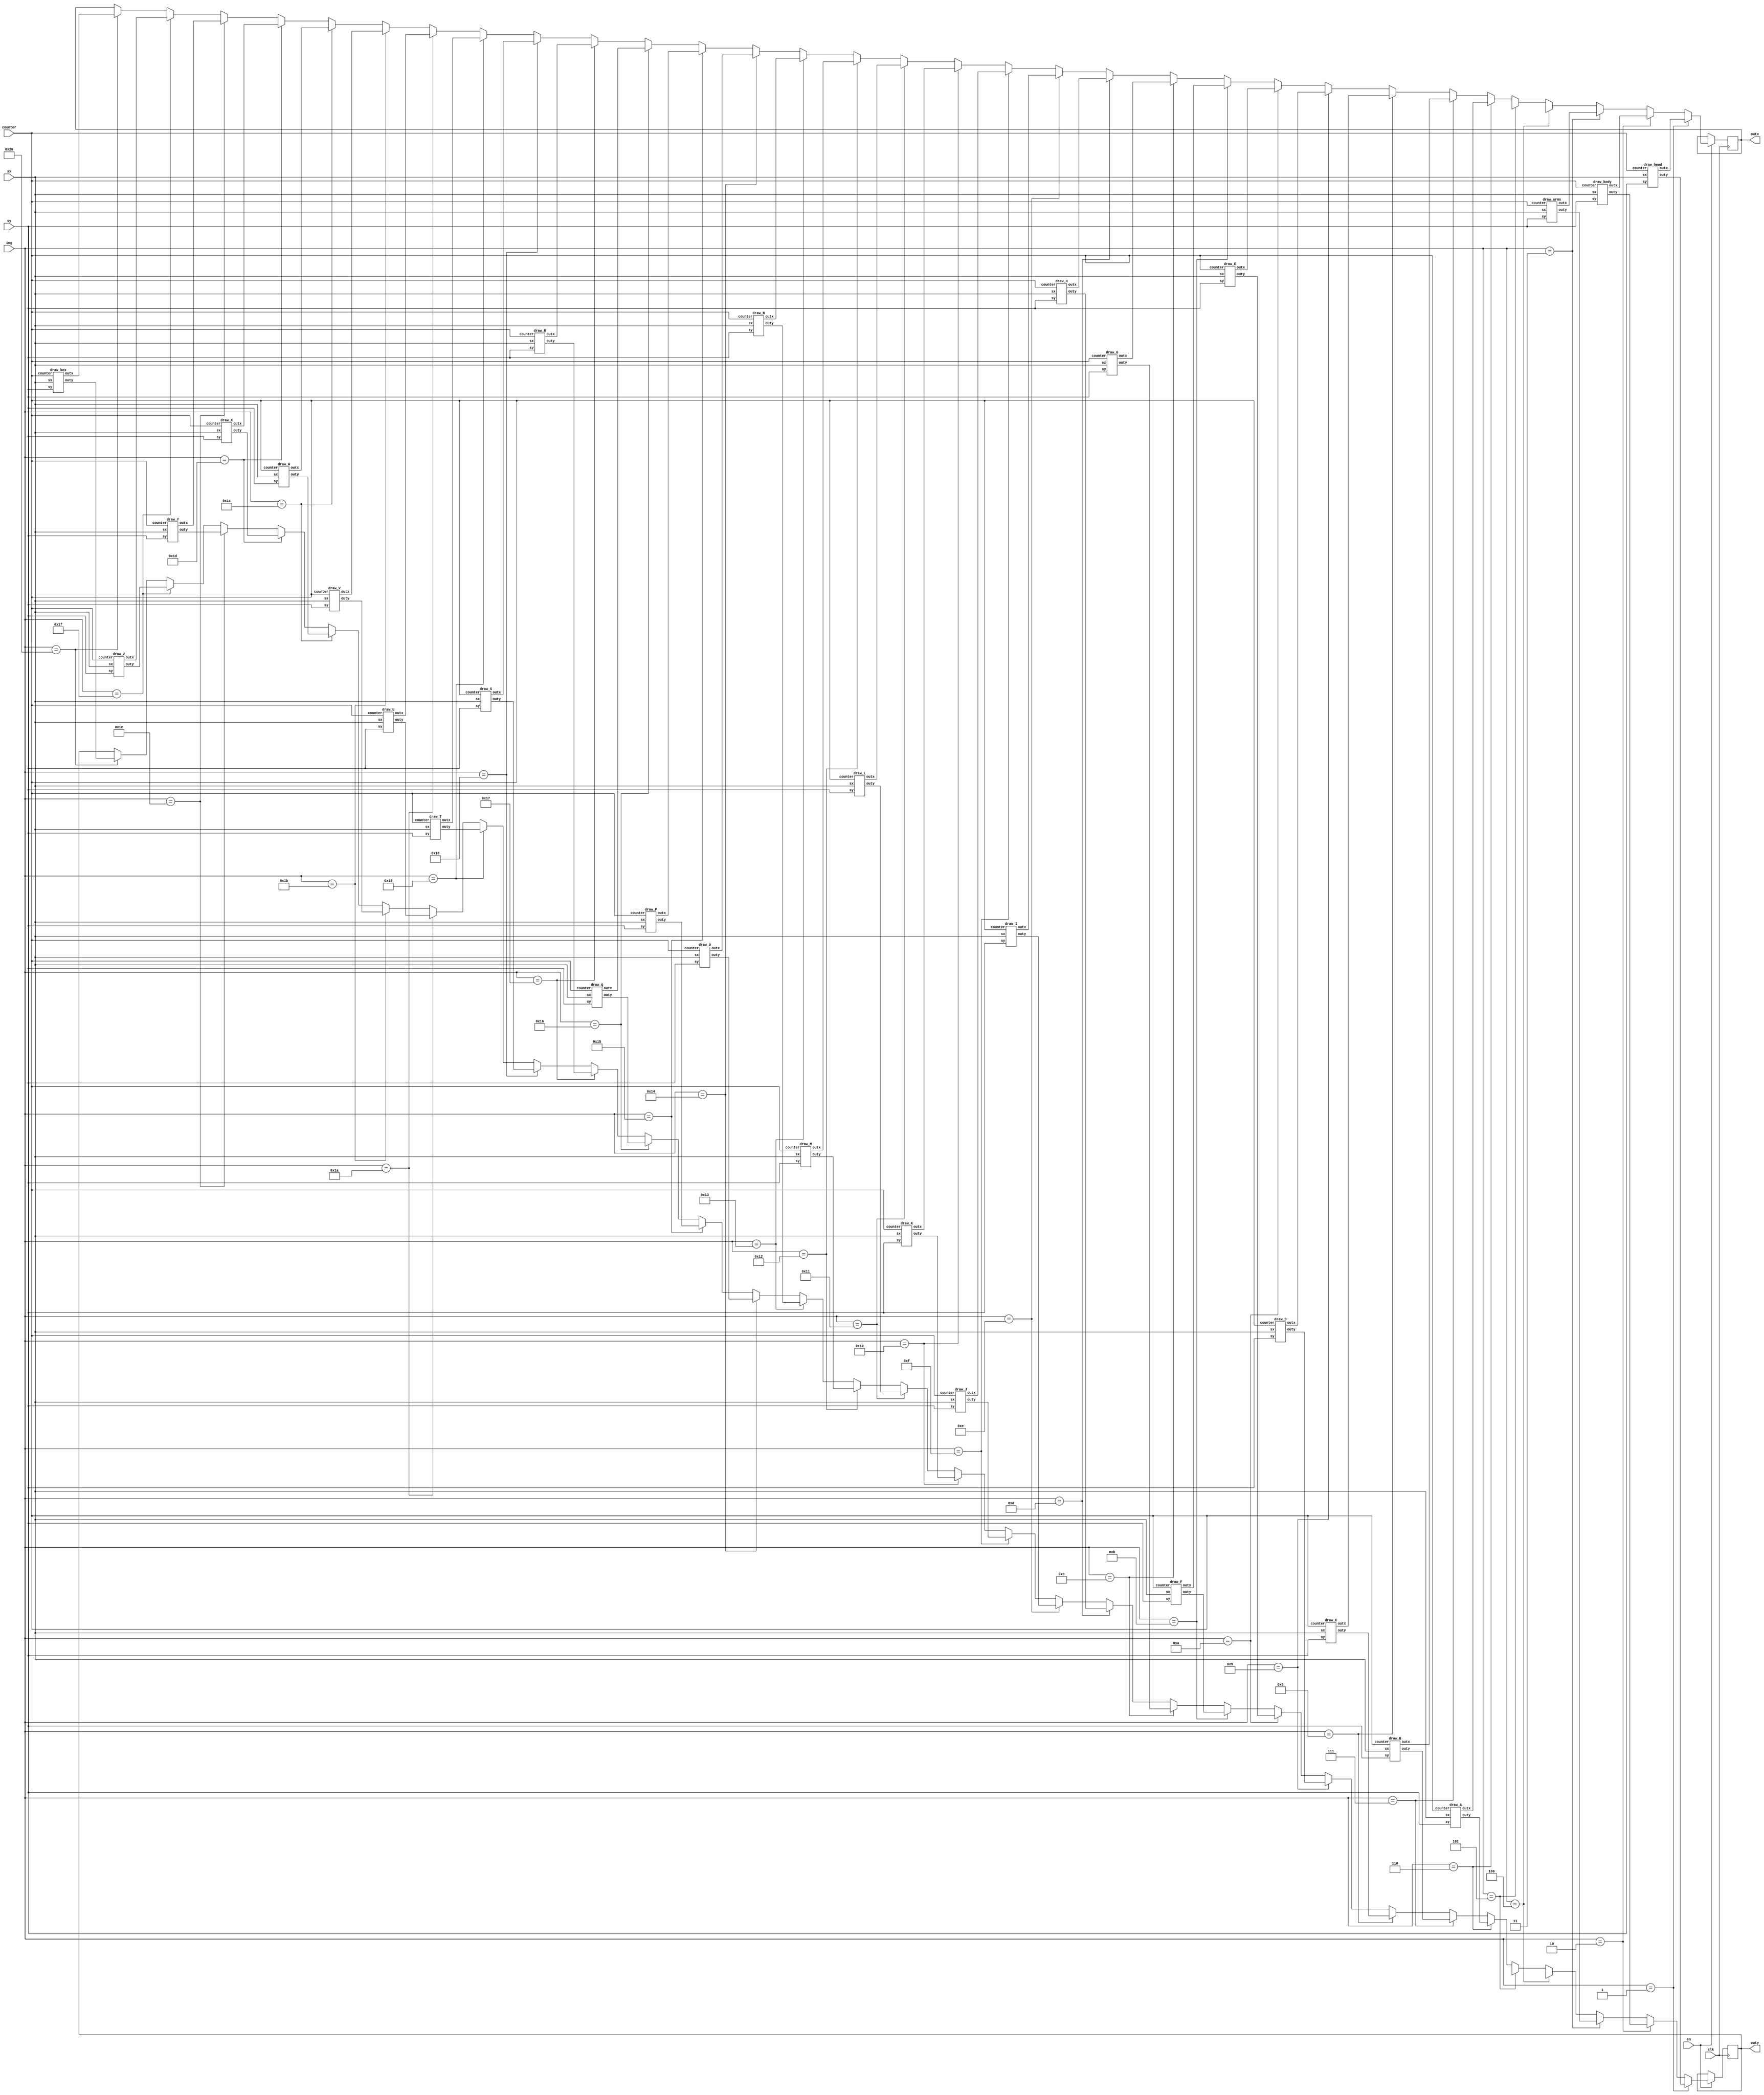
module draw(sx, sy, en, img, counter, clk, outx, outy);
  input [6:0] sx, sy, img;
  input [3:0] counter;
  input en, clk;
  output reg [6:0] outx;
  output reg [6:0] outy;
  
  wire [6:0] dhex, dhey;
  draw_head dhe(sx, sy, counter,  dhex, dhey);
  wire [6:0] dbodx, dbody;
  draw_body dbod(sx, sy, counter,  dbodx, dbody);
  wire [6:0] darx, dary;
  draw_arms dar(sx, sy, counter,  darx, dary);
  wire [6:0] dllx, dlly;
  //draw_leftleg dll(sx, sy, counter,  dllx, dlly);
  wire [6:0] drlx, drly;
  //draw_rightleg drl(sx, sy, counter,  drlx, drly);
  wire [6:0] dax, day;
  draw_A da(sx, sy, counter, dax, day);
  wire [6:0] dbx, dby;
  draw_B db(sx, sy, counter, dbx, dby);
  wire [6:0] dcx, dcy;
  draw_C dc(sx, sy, counter, dcx, dcy);
  wire [6:0] ddx, ddy;
  draw_D dd(sx, sy, counter, ddx, ddy);
  wire [6:0] dex, dey;
  draw_E de(sx, sy, counter, dex, dey);
  wire [6:0] dfx, dfy;
  draw_F df(sx, sy, counter, dfx, dfy);
  wire [6:0] dgx, dgy;
  draw_G dg(sx, sy, counter, dgx, dgy);
  wire [6:0] dhx, dhy;
  draw_H dh(sx, sy, counter, dhx, dhy);
  wire [6:0] dix, diy;
  draw_I di(sx, sy, counter, dix, diy);
  wire [6:0] djx, djy;
  draw_J dj(sx, sy, counter, djx, djy);
  wire [6:0] dkx, dky;
  draw_K dk(sx, sy, counter, dkx, dky);
  wire [6:0] dlx, dly;
  draw_L dl(sx, sy, counter, dlx, dly);
  wire [6:0] dmx, dmy;
  draw_M dm(sx, sy, counter, dmx, dmy);
  wire [6:0] dnx, dny;
  draw_N dn(sx, sy, counter, dnx, dny);
  wire [6:0] dox, doy;
  draw_O doh(sx, sy, counter, dox, doy);
  wire [6:0] dpx, dpy;
  draw_P dp(sx, sy, counter, dpx, dpy);
  wire [6:0] dqx, dqy;
  draw_Q dq(sx, sy, counter, dqx, dqy);
  wire [6:0] drx, dry;
  draw_R dr(sx, sy, counter, drx, dry);
  wire [6:0] dsx, dsy;
  draw_S ds(sx, sy, counter, dsx, dsy);
  wire [6:0] dtx, dty;
  draw_T dt(sx, sy, counter, dtx, dty);
  wire [6:0] dux, duy;
  draw_U du(sx, sy, counter, dux, duy);
  wire [6:0] dvx, dvy;
  draw_V dv(sx, sy, counter, dvx, dvy);
  wire [6:0] dwx, dwy;
  draw_W dw(sx, sy, counter, dwx, dwy);
  wire [6:0] dxx, dxy;
  draw_X dx(sx, sy, counter, dxx, dxy);
  wire [6:0] dyx, dyy;
  draw_Y dy(sx, sy, counter, dyx, dyy);
  wire [6:0] dzx, dzy;
  draw_Z dz(sx, sy, counter, dzx, dzy);
  wire [6:0] dbox, dboy;
  draw_box dbo(sx, sy, counter, dbox, dboy);


  always @(posedge clk)
	begin
    if(en == 1'd1) begin // if enabled
      if (img == 4'd1) begin
        outx <= dhex;
		  outy <= dhey;
		  end
      else if (img == 4'd2) begin
			outx <= dbodx;
			outy <= dbody;
			end
      else if (img == 4'd3) begin
			outx <= darx;
			outy <= dary;
			end
      else if (img == 5'd4) begin
			outx <= dllx;
			outy <= dlly;
			end
		else if (img == 5'd5) begin
			outx <= drlx;
			outy <= drly;
			end
      else if (img == 5'd6) begin
			outx <= dax;
			outy <= day;  
			end			
		else if (img == 5'd7) begin
			outx <= dbx;
			outy <= dby;
			end	
      else if (img == 5'd8) begin
			outx <= dcx;
			outy <= dcy;
			end
      else if (img == 5'd9) begin
			outx <= ddx;
			outy <= ddy;
			end	
      else if (img == 5'd10) begin
			outx <= dex;
			outy <= dey;
			end
      else if (img == 5'd11) begin
			outx <= dfx;
			outy <= dfy;
			end
      else if (img == 5'd12) begin
			outx <= dgx;
			outy <= dgy;
			end
      else if (img == 5'd13) begin
			outx <= dhx;
			outy <= dhy;
			end
      else if (img == 5'd14) begin
			outx <= dix;
			outy <= diy;
			end
      else if (img == 5'd15) begin
			outx <= djx;
			outy <= djy;
			end
      else if (img == 5'd16) begin
			outx <= dkx;
			outy <= dky;
			end
      else if (img == 5'd17) begin
			outx <= dlx;
			outy <= dly;
			end
      else if (img == 5'd18) begin
			outx <= dmx;
			outy <= dmy;
			end
      else if (img == 5'd19) begin
			outx <= dnx;
			outy <= dny;
			end
      else if (img == 5'd20) begin
			outx <= dox;
			outy <= doy;
			end
      else if (img == 5'd21) begin
			outx <= dpx;
			outy <= dpy;
			end
      else if (img == 5'd22) begin
			outx <= dqx;
			outy <= dqy;
			end
      else if (img == 5'd23) begin
			outx <= drx;
			outy <= dry;
			end
      else if (img == 5'd24) begin
			outx <= dsx;
			outy <= dsy;
			end
      else if (img == 5'd25) begin
			outx <= dtx;
			outy <= dty;
			end
      else if (img == 5'd26) begin
			outx <= dux;
			outy <= duy;
			end
      else if (img == 5'd27) begin
			outx <= dvx;
			outy <= dvy;
			end
      else if (img == 5'd28) begin
			outx <= dwx;
			outy <= dwy;
			end
      else if (img == 5'd29) begin
			outx <= dxx;
			outy <= dxy;
			end
      else if (img == 5'd30) begin
			outx <= dyx;
			outy <= dyy;
			end
      else if (img == 5'd31) begin
			outx <= dzx;
			outy <= dzy;
			end
		else if (img == 6'd32) begin
			outx <= dbox;
			outy <= dboy;
			end
    end
	end
endmodule

module draw_head(sx, sy, counter,  outx, outy);
  input [6:0] sx, sy;
  input [3:0] counter;
  output reg [6:0] outx;
  output reg [6:0] outy;
  always @(counter)
    case (counter)
      4'd0: begin
          outx <= sx - 7'd1;
          outy <= sy - 7'd1;
        end
      4'd1: begin
          outx <= sx;
          outy <= sy - 7'd1;
        end
      4'd2: begin
          outx <= sx + 7'd1;
          outy <= sy - 7'd1;
        end
      4'd3: begin
          outx <= sx - 7'd1;
          outy <= sy;
        end
      4'd4: begin
          outx <= sx ;
          outy <= sy ;
        end
      4'd5: begin
          outx <= sx + 7'd1;
          outy <= sy;
        end
      4'd6: begin
          outx <= sx - 7'd1;
          outy <= sy + 7'd1;
        end
      4'd7: begin
          outx <= sx;
          outy <= sy + 7'd1;
        end
      4'd8: begin
          outx <= sx + 7'd1;
          outy <= sy + 7'd1;
        end
    default: begin
			outx <= 7'd0;
			outy <= 7'd0;
			end
		endcase
  
endmodule

module draw_body(sx, sy, counter,  outx, outy);
  input [6:0] sx, sy;
  input [3:0] counter;
  output reg [6:0] outx;
  output reg [6:0] outy;
  always @(counter)
    case (counter)
      4'd0: begin
          outx <= sx;
          outy <= sy + 7'd2;
        end
      4'd1: begin
          outx <= sx;
          outy <= sy + 7'd3;
        end
      4'd2: begin
          outx <= sx;
          outy <= sy + 7'd4;
        end
      4'd3: begin
          outx <= sx;
          outy <= sy + 7'd5;
        end
      4'd4: begin
          outx <= sx ;
          outy <= sy + 7'd6;
        end
    default: begin
			outx <= 7'd0;
			outy <= 7'd0;
			end
		endcase
  
endmodule

module draw_arms(sx, sy, counter,  outx, outy);
  input [6:0] sx, sy;
  input [3:0] counter;
  output reg [6:0] outx;
  output reg [6:0] outy;
  always @(counter)
    case (counter)
      4'd0: begin
          outx <= sx-7'd4;
          outy <= sy + 7'd3;
        end
      4'd1: begin
          outx <= sx-7'd3;
          outy <= sy + 7'd3;
        end
      4'd2: begin
          outx <= sx-2;
          outy <= sy + 7'd3;
        end
      4'd3: begin
          outx <= sx-7'd1;
          outy <= sy + 7'd3;
        end
      4'd4: begin
          outx <= sx;
          outy <= sy + 7'd3;
        end
      4'd5: begin
          outx <= sx+7'd1;
          outy <= sy + 7'd3;
        end
      4'd6: begin
          outx <= sx+7'd2;
          outy <= sy + 7'd3;
        end
      4'd7: begin
          outx <= sx+7'd3;
          outy <= sy + 7'd3;
        end
      4'd8: begin
          outx <= sx+7'd4;
          outy <= sy + 7'd3;
        end
    default: begin
			outx <= 7'd0;
			outy <= 7'd0;
			end
		endcase
  
endmodule

module draw_legs(sx, sy, counter,  outx, outy);
  input [6:0] sx, sy;
  input [3:0] counter;
  output reg [6:0] outx;
  output reg [6:0] outy;
  always @(counter)
    case (counter)
      4'd0: begin
          outx <= sx - 7'd1;
          outy <= sy + 7'd7;
        end
      4'd1: begin
          outx <= sx - 7'd2;
          outy <= sy + 7'd8;
        end
      4'd2: begin
          outx <= sx - 7'd3;
          outy <= sy + 7'd9;
        end
      4'd3: begin
          outx <= sx - 7'd4;
          outy <= sy + 7'd10;
        end
      4'd4: begin
          outx <= sx - 7'd5;
          outy <= sy + 7'd11;
        end
      4'd5: begin
          outx <= sx - 7'd6;
          outy <= sy + 7'd12;
        end
      4'd6: begin
          outx <= sx - 7;
          outy <= sy + 7'd13;
        end
      4'd7: begin
          outx <= sx + 7'd1;
          outy <= sy + 7'd7;
        end
      4'd8: begin
          outx <= sx + 7'd2;
          outy <= sy + 7'd8;
        end
      4'd9: begin
          outx <= sx + 7'd3;
          outy <= sy + 7'd9;
        end
      4'd10: begin
          outx <= sx + 7'd4;
          outy <= sy + 7'd10;
        end
      4'd11: begin
          outx <= sx + 7'd5;
          outy <= sy + 7'd11;
        end
      4'd12: begin
          outx <= sx + 7'd6;
          outy <= sy + 7'd12;
        end
      4'd13: begin
          outx <= sx + 7'd7;
          outy <= sy + 7'd13;
        end
    default: begin
			outx <= 7'd0;
			outy <= 7'd0;
			end
		endcase
  
endmodule

module draw_rightleg(sx, sy, counter,  outx, outy);
  input [6:0] sx, sy;
  input [3:0] counter;
  output reg [6:0] outx;
  output reg [6:0] outy;
  always @(counter)
    case (counter)
      4'd0: begin
          outx <= sx - 7'd1;
          outy <= sy + 7'd7;
        end
      4'd1: begin
          outx <= sx - 7'd2;
          outy <= sy + 7'd8;
        end
      4'd2: begin
          outx <= sx - 7'd3;
          outy <= sy + 7'd9;
        end
      4'd3: begin
          outx <= sx - 7'd3;
          outy <= sy + 7'd10;
        end
      4'd4: begin
          outx <= sx - 7'd4;
          outy <= sy + 7'd11;
        end
      4'd5: begin
          outx <= sx - 7'd5;
          outy <= sy + 7'd12;
        end
      4'd6: begin
          outx <= sx - 7'd6;
          outy <= sy + 7'd13;
        end
      4'd7: begin
          outx <= sx - 7'd4;
          outy <= sy + 7'd10;
        end
      4'd8: begin
          outx <= sx+7'd4;
          outy <= sy + 7'd6;
        end
      4'd9: begin
          outx <= sx+7'd4;
          outy <= sy + 7'd6;
        end
      4'd10: begin
          outx <= sx+7'd4;
          outy <= sy + 7'd6;
        end
    default: begin
			outx <= 7'd0;
			outy <= 7'd0;
			end
		endcase
  
endmodule

module draw_box(sx, sy, counter,  outx, outy);
  input [6:0] sx, sy;
  input [3:0] counter;
  output reg [6:0] outx;
  output reg [6:0] outy;
  always @(counter)
    case (counter)
      4'd0: begin
          outx <= sx;
          outy <= sy;
        end
      4'd1: begin
          outx <= sx;
          outy <= sy + 7'd1;
        end
      4'd2: begin
          outx <= sx;
          outy <= sy + 7'd2;
        end
      4'd3: begin
          outx <= sx;
          outy <= sy + 7'd3;
        end
      4'd4: begin
          outx <= sx;
          outy <= sy + 7'd4;
        end
      4'd5: begin
          outx <= sx + 7'd2;
          outy <= sy;
        end
      4'd6: begin
          outx <= sx + 7'd2;
          outy <= sy + 7'd1;
        end
      4'd7: begin
          outx <= sx + 7'd2;
          outy <= sy + 7'd2;
        end
      4'd8: begin
          outx <= sx + 7'd2;
          outy <= sy + 7'd3;
        end
      4'd9: begin
          outx <= sx + 7'd2;
          outy <= sy + 7'd4;
        end
      4'd10: begin
          outx <= sx + 7'd1;
          outy <= sy;
        end
      4'd11: begin
          outx <= sx + 7'd1;
          outy <= sy + 7'd1;
        end
		4'd12: begin
          outx <= sx + 7'd1;
          outy <= sy + 7'd2;
        end
		4'd13: begin
          outx <= sx + 7'd1;
          outy <= sy + 7'd3;
        end
		4'd14: begin
          outx <= sx + 7'd1;
          outy <= sy + 7'd4;
        end
		default: begin
			outx <= 7'd0;
			outy <= 7'd0;
			end
	endcase
endmodule



module draw_A(sx, sy, counter,  outx, outy);
  input [6:0] sx, sy;
  input [3:0] counter;
  output reg [6:0] outx;
  output reg [6:0] outy;
  always @(counter)
    case (counter)
      4'd0: begin
          outx <= sx;
          outy <= sy;
        end
      4'd1: begin
          outx <= sx;
          outy <= sy + 7'd1;
        end
      4'd2: begin
          outx <= sx;
          outy <= sy + 7'd2;
        end
      4'd3: begin
          outx <= sx;
          outy <= sy + 7'd3;
        end
      4'd4: begin
          outx <= sx;
          outy <= sy + 7'd4;
        end
      4'd5: begin
          outx <= sx + 7'd2;
          outy <= sy;
        end
      4'd6: begin
          outx <= sx + 7'd2;
          outy <= sy + 7'd1;
        end
      4'd7: begin
          outx <= sx + 7'd2;
          outy <= sy + 7'd2;
        end
      4'd8: begin
          outx <= sx + 7'd2;
          outy <= sy + 7'd3;
        end
      4'd9: begin
          outx <= sx + 7'd2;
          outy <= sy + 7'd4;
        end
      4'd10: begin
          outx <= sx + 7'd1;
          outy <= sy;
        end
      4'd11: begin
          outx <= sx + 7'd1;
          outy <= sy + 7'd2;
        end
    default: begin
			outx <= 7'd0;
			outy <= 7'd0;
			end
		endcase
  
endmodule

module draw_B(sx, sy, counter,  outx, outy);
  input [6:0] sx, sy;
  input [3:0] counter;
  output reg [6:0] outx;
  output reg [6:0] outy;
  always @(counter)
    case (counter)
      4'd0: begin
          outx <= sx;
          outy <= sy;
        end
      4'd1: begin
          outx <= sx;
          outy <= sy + 7'd1;
        end
      4'd2: begin
          outx <= sx;
          outy <= sy + 7'd2;
        end
      4'd3: begin
          outx <= sx;
          outy <= sy + 7'd3;
        end
      4'd4: begin
          outx <= sx;
          outy <= sy + 7'd4;
        end
      4'd5: begin
          outx <= sx + 7'd1;
          outy <= sy;
        end
      4'd6: begin
          outx <= sx + 7'd1;
          outy <= sy + 7'd2;
        end
      4'd7: begin
          outx <= sx + 7'd1;
          outy <= sy + 7'd4;
        end
      4'd8: begin
          outx <= sx + 7'd2;
          outy <= sy + 7'd1;
        end
      4'd9: begin
          outx <= sx + 7'd2;
          outy <= sy + 7'd3;
        end
    default: begin
			outx <= 7'd0;
			outy <= 7'd0;
			end
		endcase
  
endmodule

module draw_C(sx, sy, counter,  outx, outy);
  input [6:0] sx, sy;
  input [3:0] counter;
  output reg [6:0] outx;
  output reg [6:0] outy;
  always @(counter)
    case (counter)
      4'd0: begin
          outx <= sx + 7'd1;
          outy <= sy;
        end
      4'd1: begin
          outx <= sx + 7'd2;
          outy <= sy + 7'd1;
        end
      4'd2: begin
          outx <= sx;
          outy <= sy + 7'd1;
        end
      4'd3: begin
          outx <= sx;
          outy <= sy + 7'd2;
        end
      4'd4: begin
          outx <= sx;
          outy <= sy + 7'd3;
        end
      4'd5: begin
          outx <= sx + 7'd1;
          outy <= sy + 7'd4;
        end
      4'd6: begin
          outx <= sx + 7'd2;
          outy <= sy + 7'd4;
        end
    default: begin
			outx <= 7'd0;
			outy <= 7'd0;
			end
		endcase
  
endmodule

module draw_D(sx, sy, counter,  outx, outy);
  input [6:0] sx, sy;
  input [3:0] counter;
  output reg [6:0] outx;
  output reg [6:0] outy;
  always @(counter)
    case (counter)
      4'd0: begin
          outx <= sx;
          outy <= sy;
        end
      4'd1: begin
          outx <= sx;
          outy <= sy + 7'd1;
        end
      4'd2: begin
          outx <= sx;
          outy <= sy + 7'd2;
        end
      4'd3: begin
          outx <= sx;
          outy <= sy + 7'd3;
        end
      4'd4: begin
          outx <= sx;
          outy <= sy + 7'd4;
        end
      4'd5: begin
          outx <= sx + 7'd1;
          outy <= sy;
        end
      4'd6: begin
          outx <= sx + 7'd1;
          outy <= sy + 7'd4;
        end
        
      4'd8: begin
          outx <= sx + 7'd2;
          outy <= sy + 7'd1;
        end
      4'd9: begin
          outx <= sx + 7'd2;
          outy <= sy + 7'd2;
        end
      4'd10: begin
          outx <= sx + 7'd2;
          outy <= sy + 7'd3;
        end
      
    default: begin
			outx <= 7'd0;
			outy <= 7'd0;
			end
		endcase
endmodule

module draw_E(sx, sy, counter,  outx, outy);
  input [6:0] sx, sy;
  input [3:0] counter;
  output reg [6:0] outx;
  output reg [6:0] outy;
  always @(counter)
    case (counter)
      4'd0: begin
          outx <= sx;
          outy <= sy;
        end
      4'd1: begin
          outx <= sx+7'd1;
          outy <= sy;
        end
      4'd2: begin
          outx <= sx+7'd2;
          outy <= sy;
        end
      4'd3: begin
          outx <= sx;
          outy <= sy + 7'd1;
        end
      4'd4: begin
          outx <= sx;
          outy <= sy + 7'd2;
        end
      4'd5: begin
          outx <= sx + 7'd1;
          outy <= sy + 7'd2;
        end
      4'd6: begin
          outx <= sx + 7'd2;
          outy <= sy + 7'd2;
        end
      4'd7: begin
          outx <= sx;
          outy <= sy+7'd3;
        end
      4'd8: begin
          outx <= sx;
          outy <= sy + 7'd4;
        end
      4'd9: begin
          outx <= sx + 7'd1;
          outy <= sy + 7'd4;
        end
      4'd10: begin
          outx <= sx + 7'd2;
          outy <= sy + 7'd4;
        end
    default: begin
			outx <= 7'd0;
			outy <= 7'd0;
			end
		endcase
endmodule

module draw_F(sx, sy, counter,  outx, outy);
  input [6:0] sx, sy;
  input [3:0] counter;
  output reg [6:0] outx;
  output reg [6:0] outy;
  always @(counter)
    case (counter)
    4'd0: begin
        outx <= sx;
        outy <= sy;
        end
    4'd1: begin
        outx <= sx+7'd1;
        outy <= sy;
        end
    4'd2: begin
        outx <= sx + 7'd2;
        outy <= sy;
        end
    4'd3: begin 
        outx <= sx;
        outy <= sy + 7'd1;
        end
    4'd4: begin
        outx <= sx;
        outy <= sy + 7'd2;
        end
    4'd5: begin
        outx <= sx + 7'd2;
        outy <= sy + 7'd1;
        end
    4'd6: begin
        outx <= sx + 7'd2;
        outy <= sy + 7'd2;
        end
    4'd7: begin
        outx <= sx;
        outy <= sy + 7'd3;
        end
    4'd8: begin
        outx <= sx;
        outy <= sy + 7'd4;
        end
    default: begin
			outx <= 7'd0;
			outy <= 7'd0;
			end
		endcase
endmodule

module draw_G(sx, sy, counter,  outx, outy);
  input [6:0] sx, sy;
  input [3:0] counter;
  output reg [6:0] outx;
  output reg [6:0] outy;
  always @(counter)
    case (counter)
    4'd0: begin
        outx <= sx + 7'd1;
        outy <= sy;
        end
    4'd1: begin
        outx <= sx + 7'd2;
        outy <= sy;
        end
    4'd2: begin
        outx <= sx;
        outy <= sy + 7'd1;
        end
    4'd3: begin
        outx <= sx;
        outy <= sy + 7'd2;
        end
    4'd4: begin
        outx <= sx;
        outy <= sy + 7'd3;
        end
    4'd5: begin
        outx <= sx + 7'd1;
        outy <= sy + 7'd4;
        end
    4'd6: begin
        outx <= sx + 7'd2;
        outy <= sy + 7'd4;
        end
    4'd7: begin
        outx <= sx + 7'd2;
        outy <= sy + 7'd3;
        end
    4'd8: begin
        outx <= sx + 7'd2;
        outy <= sy + 7'd2;
        end
    default: begin
			outx <= 7'd0;
			outy <= 7'd0;
			end
		endcase
endmodule

module draw_H(sx, sy, counter,  outx, outy);
  input [6:0] sx, sy;
  input [3:0] counter;
  output reg [6:0] outx;
  output reg [6:0] outy;
  always @(counter)
    case (counter)
    4'd0: begin
          outx <= sx;
          outy <= sy;
        end
    4'd1: begin
        outx <= sx;
        outy <= sy + 7'd1;
        end
    4'd2: begin
        outx <= sx;
        outy <= sy + 7'd2;
        end
    4'd3: begin
        outx <= sx;
        outy <= sy + 7'd3;
        end
    4'd4: begin
        outx <= sx;
        outy <= sy + 7'd4;
        end
    4'd5: begin
        outx <= sx + 7'd2;
        outy <= sy;
        end
    4'd6: begin
        outx <= sx + 7'd2;
        outy <= sy + 7'd1;
        end
    4'd7: begin
        outx <= sx + 7'd2;
        outy <= sy + 7'd2;
        end
    4'd8: begin
        outx <= sx + 7'd2;
        outy <= sy + 7'd3;
        end
    4'd9: begin
        outx <= sx + 7'd2;
        outy <= sy + 7'd4;
        end
    4'd10: begin
        outx <= sx + 7'd1;
        outy <= sy + 7'd2;
        end
    default: begin
			outx <= 7'd0;
			outy <= 7'd0;
			end
		endcase     
endmodule

module draw_I(sx, sy, counter,  outx, outy);
  input [6:0] sx, sy;
  input [3:0] counter;
  output reg [6:0] outx;
  output reg [6:0] outy;
  always @(counter)
    case (counter)
      4'd0: begin
          outx <= sx;
          outy <= sy;
        end
    4'd1: begin
        outx <= sx + 7'd1;
        outy <= sy;
        end
    4'd2: begin
        outx <= sx + 7'd2;
        outy <= sy;
        end
    4'd3: begin
        outx <= sx + 7'd1;
        outy <= sy + 7'd1;
        end
    4'd4: begin
        outx <= sx + 7'd1;
        outy <= sy + 7'd2;
        end
    4'd5: begin
        outx <= sx + 7'd1;
        outy <= sy + 7'd3;
        end
    4'd6: begin
        outx <= sx + 7'd1;
        outy <= sy + 7'd4;
        end
    4'd7: begin
        outx <= sx;
        outy <= sy + 7'd4;
        end
    4'd8: begin
        outx <= sx;
        outy <= sy + 7'd4;
        end
    4'd9: begin
        outx <= sx + 7'd2;
        outy <= sy + 7'd4;
        end
    default: begin
			outx <= 7'd0;
			outy <= 7'd0;
			end
		endcase
endmodule

module draw_J(sx, sy, counter,  outx, outy);
  input [6:0] sx, sy;
  input [3:0] counter;
  
  output reg [6:0] outx;
  output reg [6:0] outy;
  always @(counter)
    case (counter)
    4'd0: begin
          outx <= sx + 7'd2;
          outy <= sy;
        end
    4'd1: begin
        outx <= sx + 7'd2;
        outy <= sy + 7'd1;
        end
    4'd2: begin
        outx <= sx + 7'd2;
        outy <= sy + 7'd2;
        end
    4'd3: begin
        outx <= sx + 7'd2;
        outy <= sy + 7'd3;
        end
    4'd4: begin
        outx <= sx + 7'd2;
        outy <= sy + 7'd4;
        end
    4'd5: begin
        outx <= sx;
        outy <= sy + 7'd3;
        end
    4'd6: begin
        outx <= sx;
        outy <= sy + 7'd4;
        end
    4'd7: begin
        outx <= sx + 7'd1;
        outy <= sy + 7'd4;
        end
    default: begin
			outx <= 7'd0;
			outy <= 7'd0;
			end
		endcase
endmodule

module draw_K(sx, sy, counter,  outx, outy);
  input [6:0] sx, sy;
  input [3:0] counter;
  
  output reg [6:0] outx;
  output reg [6:0] outy;
  always @(counter)
    case (counter)
    4'd0: begin
        outx <= sx;
        outy <= sy + 7'd1;
        end
    4'd1: begin
        outx <= sx;
        outy <= sy + 7'd2;
        end
    4'd2: begin
        outx <= sx;
        outy <= sy + 7'd3;
        end
    4'd3: begin
        outx <= sx;
        outy <= sy + 7'd4;
        end
    4'd4: begin
        outx <= sx + 7'd2;
        outy <= sy;
        end
    4'd5: begin
        outx <= sx + 7'd2;
        outy <= sy + 7'd1;
        end
    4'd6: begin
        outx <= sx + 7'd2;
        outy <= sy + 7'd3;
        end
    4'd7: begin
        outx <= sx + 7'd2;
        outy <= sy + 7'd4;
        end
    4'd8: begin
        outx <= sx + 7'd1;
        outy <= sy + 7'd2;
        end
    4'd9: begin
        outx <= sx;
        outy <= sy;
        end
    default: begin
			outx <= 7'd0;
			outy <= 7'd0;
			end
		endcase
endmodule

module draw_L(sx, sy, counter,  outx, outy);
  input [6:0] sx, sy;
  input [3:0] counter;
  
  output reg [6:0] outx;
  output reg [6:0] outy;
  always @(counter)
    case (counter)
    4'd0: begin
        outx <= sx;
        outy <= sy;
        end
    4'd1: begin
        outx <= sx;
        outy <= sy + 7'd1;
        end
    4'd2: begin
        outx <= sx;
        outy <= sy + 7'd2;
        end
    4'd3: begin
        outx <= sx;
        outy <= sy + 7'd3;
        end
    4'd4: begin
        outx <= sx;
        outy <= sy + 7'd4;
        end
    4'd5: begin
        outx <= sx + 7'd1;
        outy <= sy + 7'd4;
        end
    4'd6: begin
        outx <= sx + 7'd2;
        outy <= sy + 7'd4;
        end
    default: begin
			outx <= 7'd0;
			outy <= 7'd0;
			end
		endcase
endmodule

module draw_M(sx, sy, counter,  outx, outy);
  input [6:0] sx, sy;
  input [3:0] counter;
  
  output reg [6:0] outx;
  output reg [6:0] outy;
  always @(counter)
    case (counter)
    4'd0: begin
        outx <= sx;
        outy <= sy;
        end
    4'd1: begin
        outx <= sx;
        outy <= sy + 7'd1;
        end
    4'd2: begin
        outx <= sx;
        outy <= sy + 7'd2;
        end
    4'd3: begin
        outx <= sx;
        outy <= sy + 7'd3;
        end
    4'd4: begin
        outx <= sx;
        outy <= sy + 7'd4;
        end
    4'd5: begin
        outx <= sx + 7'd2;
        outy <= sy;
        end
    4'd6: begin
        outx <= sx + 7'd2;
        outy <= sy + 7'd1;
        end
    4'd7: begin
        outx <= sx + 7'd2;
        outy <= sy + 7'd2;
        end
    4'd8: begin
        outx <= sx + 7'd2;
        outy <= sy + 7'd3;
        end
    4'd9: begin
        outx <= sx + 7'd2;
        outy <= sy + 7'd4;
        end
    4'd10: begin
        outx <= sx + 7'd1;
        outy <= sy + 7'd1;
        end
    default: begin
			outx <= 7'd0;
			outy <= 7'd0;
			end
		endcase
endmodule

module draw_N(sx, sy, counter,  outx, outy);
  input [6:0] sx, sy;
  input [3:0] counter;
  
  output reg [6:0] outx;
  output reg [6:0] outy;
  always @(counter)
    case (counter)
    4'd0: begin
        outx <= sx;
        outy <= sy;
        end
    4'd1: begin
        outx <= sx + 7'd1;
        outy <= sy + 7'd1;
        end
    4'd2: begin
        outx <= sx;
        outy <= sy + 7'd1;
        end
    4'd3: begin
        outx <= sx;
        outy <= sy + 7'd2;
        end
    4'd4: begin
        outx <= sx;
        outy <= sy + 7'd3;
        end
    4'd5: begin
        outx <= sx;
        outy <= sy + 7'd4;
        end
    4'd6: begin
        outx <= sx + 7'd2;
        outy <= sy;
        end
    4'd7: begin
        outx <= sx + 7'd2;
        outy <= sy + 7'd1;
        end
    4'd8: begin
        outx <= sx + 7'd2;
        outy <= sy + 7'd2;
        end
    4'd9: begin
        outx <= sx + 7'd2;
        outy <= sy + 7'd3;
        end
    4'd10: begin
        outx <= sx + 7'd2;
        outy <= sy + 7'd4;
        end
    default: begin
			outx <= 7'd0;
			outy <= 7'd0;
			end
		endcase
endmodule

module draw_O(sx, sy, counter,  outx, outy);
  input [6:0] sx, sy;
  input [3:0] counter;
  
  output reg [6:0] outx;
  output reg [6:0] outy;
  always @(counter)
    case (counter)
    4'd0: begin
        outx <= sx;
        outy <= sy;
        end
    4'd1: begin
        outx <= sx;
        outy <= sy + 7'd1;
        end    
    4'd2: begin
        outx <= sx;
        outy <= sy + 7'd2;
        end
    4'd3: begin
        outx <= sx;
        outy <= sy + 7'd3;
        end
    4'd4: begin
        outx <= sx;
        outy <= sy + 7'd4;
        end
    4'd5: begin
        outx <= sx + 7'd1;
        outy <= sy + 7'd4;
        end
    4'd6: begin
        outx <= sx + 7'd1;
        outy <= sy;
        end
    4'd7: begin
        outx <= sx + 7'd2;
        outy <= sy;
        end
    4'd8: begin
        outx <= sx + 7'd2;
        outy <= sy + 7'd1;
        end
    4'd9: begin
        outx <= sx + 7'd2;
        outy <= sy + 7'd2;
        end
    4'd10: begin
        outx <= sx + 7'd2;
        outy <= sy + 7'd3;
        end
    4'd11: begin
        outx <= sx + 7'd2;
        outy <= sy + 7'd4;
        end
    default: begin
			outx <= 7'd0;
			outy <= 7'd0;
			end
		endcase
endmodule

module draw_P(sx, sy, counter, outx, outy);
  input [6:0] sx, sy;
  input [3:0] counter;
  
  output reg [6:0] outx;
  output reg [6:0] outy;
  always @(counter)
    case (counter)
    4'd0: begin
        outx <= sx;
        outy <= sy;
        end
    4'd1: begin
        outx <= sx;
        outy <= sy + 7'd1;
        end
    4'd2: begin
        outx <= sx;
        outy <= sy + 7'd2;
        end
    4'd3: begin
        outx <= sx;
        outy <= sy + 7'd3;
        end
    4'd4: begin
        outx <= sx;
        outy <= sy + 7'd4;
        end
    4'd5: begin
        outx <= sx + 7'd1;
        outy <= sy;
        end
    4'd6: begin
        outx <= sx + 7'd2;
        outy <= sy;
        end
    4'd7: begin
        outx <= sx + 7'd1;
        outy <= sy + 7'd2;
        end
    4'd8: begin
        outx <= sx + 7'd2;
        outy <= sy + 7'd2;
        end
    4'd9: begin
        outx <= sx + 7'd2;
        outy <= sy + 7'd1;
        end
    default: begin
			outx <= 7'd0;
			outy <= 7'd0;
			end
		endcase
endmodule

module draw_Q(sx, sy, counter, outx, outy);
  input [6:0] sx, sy;
  input [3:0] counter;
  
  output reg [6:0] outx;
  output reg [6:0] outy;
  always @(counter)
    case (counter)
    4'd0: begin
        outx <= sx;
        outy <= sy;
        end
    4'd1: begin
        outx <= sx;
        outy <= sy + 7'd1;
        end
    4'd2: begin
        outx <= sx;
        outy <= sy + 7'd2;
        end
    4'd3: begin
        outx <= sx;
        outy <= sy + 7'd3;
        end
    4'd4: begin
        outx <= sx;
        outy <= sy + 7'd4;
        end
    4'd5: begin
        outx <= sx + 7'd1;
        outy <= sy;
        end
    4'd6: begin
        outx <= sx + 7'd1;
        outy <= sy + 7'd1;
        end
    4'd7: begin
        outx <= sx + 7'd1;
        outy <= sy + 7'd2;
        end
    4'd8: begin
        outx <= sx + 7'd1;
        outy <= sy + 7'd3;
        end
    4'd9: begin
        outx <= sx + 7'd1;
        outy <= sy + 7'd4;
        end
    4'd10: begin
        outx <= sx + 7'd2;
        outy <= sy + 7'd4;
        end
    default: begin
			outx <= 7'd0;
			outy <= 7'd0;
			end
		endcase
endmodule

module draw_R(sx, sy, counter,  outx, outy);
  input [6:0] sx, sy;
  input [3:0] counter;
  
  output reg [6:0] outx;
  output reg [6:0] outy;
  always @(counter)
    case (counter)
    4'd0: begin
        outx <= sx;
        outy <= sy;
        end
    4'd1: begin
        outx <= sx;
        outy <= sy + 7'd1;
        end
    4'd2: begin
        outx <= sx;
        outy <= sy + 7'd2;
        end
    4'd3: begin
        outx <= sx;
        outy <= sy + 7'd3;
        end
    4'd4: begin
        outx <= sx;
        outy <= sy + 7'd4;
        end
    4'd5: begin
        outx <= sx + 7'd1;
        outy <= sy;
        end
    4'd6: begin
        outx <= sx + 7'd1;
        outy <= sy + 7'd2;
        end
    4'd7: begin
        outx <= sx + 7'd2;
        outy <= sy + 7'd1;
        end
    4'd8: begin
        outx <= sx + 7'd2;
        outy <= sy + 7'd3;
        end
    4'd9: begin
        outx <= sx + 7'd2;
        outy <= sy + 7'd4;
        end
    default: begin
			outx <= 7'd0;
			outy <= 7'd0;
			end
		endcase
endmodule

module draw_S(sx, sy, counter,  outx, outy);
  input [6:0] sx, sy;
  input [3:0] counter;
  
  output reg [6:0] outx;
  output reg [6:0] outy;
  always @(counter)
    case (counter)
    4'd0: begin
        outx <= sx + 7'd1;
        outy <= sy;
        end
    4'd1: begin
        outx <= sx + 7'd2;
        outy <= sy;
        end
    4'd2: begin
        outx <= sx;
        outy <= sy + 7'd1;
        end
    4'd3: begin
        outx <= sx + 7'd1;
        outy <= sy + 7'd2;
        end
    4'd4: begin
        outx <= sx + 7'd2;
        outy <= sy + 7'd3;
        end
    4'd5: begin
        outx <= sx;
        outy <= sy + 7'd4;
        end
    4'd6: begin
        outx <= sx + 7'd1;
        outy <= sy + 7'd4;
        end
    default: begin
			outx <= 7'd0;
			outy <= 7'd0;
			end
		endcase
endmodule

module draw_T(sx, sy, counter,  outx, outy);
  input [6:0] sx, sy;
  input [3:0] counter;
  
  output reg [6:0] outx;
  output reg [6:0] outy;
  always @(counter)
    case (counter)
    4'd0: begin
        outx <= sx;
        outy <= sy;
        end
    4'd1: begin
        outx <= sx + 7'd1;
        outy <= sy;
        end
    4'd2: begin
        outx <= sx + 7'd2;
        outy <= sy;
        end
    4'd3: begin
        outx <= sx + 7'd1;
        outy <= sy + 7'd1;
        end
    4'd4: begin
        outx <= sx + 7'd1;
        outy <= sy + 7'd2;
        end
    4'd5: begin
        outx <= sx + 7'd1;
        outy <= sy + 7'd3;
        end
    4'd6: begin
        outx <= sx + 7'd1;
        outy <= sy + 7'd4;
        end
    default: begin
			outx <= 7'd0;
			outy <= 7'd0;
			end
		endcase
endmodule

module draw_U(sx, sy, counter,  outx, outy);
  input [6:0] sx, sy;
  input [3:0] counter;
  
  output reg [6:0] outx;
  output reg [6:0] outy;
  always @(counter)
    case (counter)
    4'd0: begin
        outx <= sx;
        outy <= sy;
        end
    4'd1: begin
        outx <= sx;
        outy <= sy + 7'd1;
        end
    4'd2: begin
        outx <= sx;
        outy <= sy + 7'd2;
        end
    4'd3: begin
        outx <= sx;
        outy <= sy + 7'd3;
        end
    4'd4: begin
        outx <= sx;
        outy <= sy + 7'd4;
        end
    4'd5: begin
        outx <= sx + 7'd2;
        outy <= sy;
        end
    4'd6: begin
        outx <= sx + 7'd2;
        outy <= sy + 7'd1;
        end
    4'd7: begin
        outx <= sx + 7'd2;
        outy <= sy + 7'd2;
        end
    4'd8: begin
        outx <= sx + 7'd2;
        outy <= sy + 7'd3;
        end
    4'd9: begin
        outx <= sx + 7'd2;
        outy <= sy + 7'd4;
        end
    4'd10: begin
        outx <= sx + 7'd1;
        outy <= sy + 7'd4;
        end

    default: begin
			outx <= 7'd0;
			outy <= 7'd0;
			end
		endcase
endmodule

module draw_V(sx, sy, counter,  outx, outy);
  input [6:0] sx, sy;
  input [3:0] counter;
  
  output reg [6:0] outx;
  output reg [6:0] outy;
  always @(counter)
    case (counter)
    4'd0: begin
        outx <= sx;
        outy <= sy;
        end
    4'd1: begin
        outx <= sx;
        outy <= sy + 7'd1;
        end
    4'd2: begin
        outx <= sx;
        outy <= sy + 7'd2;
        end
    4'd3: begin
        outx <= sx;
        outy <= sy + 7'd3;
        end
    4'd4: begin
        outx <= sx;
        outy <= sy + 7'd4;
        end
    4'd5: begin
        outx <= sx + 7'd1;
        outy <= sy + 7'd4;
        end
    4'd6: begin
        outx <= sx + 7'd2;
        outy <= sy;
        end
    4'd7: begin
        outx <= sx + 7'd2;
        outy <= sy + 7'd1;
        end
    4'd8: begin
        outx <= sx + 7'd2;
        outy <= sy + 7'd2;
        end
    4'd9: begin
        outx <= sx + 7'd2;
        outy <= sy + 7'd3;
        end
    default: begin
			outx <= 7'd0;
			outy <= 7'd0;
			end
		endcase
endmodule

module draw_W(sx, sy, counter,  outx, outy);
  input [6:0] sx, sy;
  input [3:0] counter;
  
  output reg [6:0] outx;
  output reg [6:0] outy;
  always @(counter)
    case (counter)
    4'd0: begin
        outx <= sx;
        outy <= sy;
        end
    4'd1: begin
        outx <= sx;
        outy <= sy + 7'd1;
        end
    4'd2: begin
        outx <= sx;
        outy <= sy + 7'd2;
        end
    4'd3: begin
        outx <= sx;
        outy <= sy + 7'd3;
        end
    4'd4: begin
        outx <= sx;
        outy <= sy + 7'd4;
        end
    4'd5: begin
        outx <= sx + 7'd2;
        outy <= sy;
        end
    4'd6: begin
        outx <= sx + 7'd2;
        outy <= sy + 7'd1;
        end
    4'd7: begin
        outx <= sx + 7'd2;
        outy <= sy + 7'd2;
        end
    4'd8: begin
        outx <= sx + 7'd2;
        outy <= sy + 7'd3;
        end
    4'd9: begin
        outx <= sx + 7'd2;
        outy <= sy + 7'd4;
        end
    4'd10: begin
        outx <= sx + 7'd1;
        outy <= sy + 7'd3;
        end
    default: begin
			outx <= 7'd0;
			outy <= 7'd0;
			end
		endcase
endmodule

module draw_X(sx, sy, counter,  outx, outy);
  input [6:0] sx, sy;
  input [3:0] counter;
  
  output reg [6:0] outx;
  output reg [6:0] outy;
  always @(counter)
    case (counter)
    4'd0: begin
        outx <= sx;
        outy <= sy;
        end
    4'd1: begin
        outx <= sx;
        outy <= sy + 7'd1;
        end
    4'd2: begin
        outx <= sx;
        outy <= sy + 7'd3;
        end
    4'd3: begin
        outx <= sx;
        outy <= sy + 7'd4;
        end
    4'd4: begin
        outx <= sx + 7'd2;
        outy <= sy;
        end
    4'd5: begin
        outx <= sx + 7'd2;
        outy <= sy + 7'd1;
        end
    4'd6: begin
        outx <= sx + 7'd2;
        outy <= sy + 7'd3;
        end
    4'd7: begin
        outx <= sx + 7'd2;
        outy <= sy + 7'd4;
        end
    4'd8: begin
        outx <= sx + 7'd1;
        outy <= sy + 7'd2;
        end    
    default: begin
			outx <= 7'd0;
			outy <= 7'd0;
			end
		endcase
endmodule

module draw_Y(sx, sy, counter,  outx, outy);
  input [6:0] sx, sy;
  input [3:0] counter;
  
  output reg [6:0] outx;
  output reg [6:0] outy;
  always @(counter)
    case (counter)
    4'd0: begin
        outx <= sx;
        outy <= sy;
        end
    4'd1: begin
        outx <= sx;
        outy <= sy + 7'd1;
        end
    4'd2: begin
        outx <= sx;
        outy <= sy + 7'd2;
        end
    4'd3: begin
        outx <= sx + 7'd2;
        outy <= sy;
        end
    4'd4: begin
        outx <= sx + 7'd2;
        outy <= sy + 7'd1;
        end
    4'd5: begin
        outx <= sx + 7'd2;
        outy <= sy + 7'd2;
        end
    4'd6: begin
        outx <= sx + 7'd1;
        outy <= sy + 7'd2;
        end
    4'd7: begin
        outx <= sx + 7'd1;
        outy <= sy + 7'd3;
        end
    4'd8: begin
        outx <= sx + 7'd1;
        outy <= sy + 7'd4;
        end
    default: begin
			outx <= 7'd0;
			outy <= 7'd0;
			end
		endcase
endmodule

module draw_Z(sx, sy, counter,  outx, outy);
  input [6:0] sx, sy;
  input [3:0] counter;
  
  output reg [6:0] outx;
  output reg [6:0] outy;
  always @(counter)
    case (counter)
    4'd0: begin
        outx <= sx;
        outy <= sy;
        end
    4'd1: begin
        outx <= sx + 7'd1;
        outy <= sy;
        end
    4'd2: begin
        outx <= sx + 7'd2;
        outy <= sy;
        end
    4'd3: begin
        outx <= sx;
        outy <= sy + 7'd4;
        end
    4'd4: begin
        outx <= sx + 7'd1;
        outy <= sy + 7'd4;
        end
    4'd5: begin
        outx <= sx + 7'd2;
        outy <= sy + 7'd4;
        end
    4'd6: begin
        outx <= sx + 7'd2;
        outy <= sy + 7'd1;
        end
    4'd7: begin
        outx <= sx + 7'd1;
        outy <= sy + 7'd2;
        end
    4'd8: begin
        outx <= sx;
        outy <= sy + 7'd3;
        end
    default: begin
			outx <= 7'd0;
			outy <= 7'd0;
			end
		endcase
endmodule



module draw_1(sx, sy, counter,  outx, outy);
  input [6:0] sx, sy;
  input [3:0] counter;
  
  output reg [6:0] outx;
  output reg [6:0] outy;
  always @(counter)
    case (counter)
    4'd0: begin
        outx <= sx + 7'd1;
        outy <= sy;
        end
    4'd1: begin
        outx <= sx;
        outy <= sy + 7'd1;
        end
    4'd2: begin
        outx <= sx + 7'd1;
        outy <= sy + 7'd1;
        end
    4'd3: begin
        outx <= sx + 7'd1;
        outy <= sy + 7'd2;
        end
    4'd4: begin
        outx <= sx + 7'd1;
        outy <= sy + 7'd3;
        end
    4'd5: begin
        outx <= sx + 7'd1;
        outy <= sy + 7'd4;
        end
    4'd6: begin
        outx <= sx ;
        outy <= sy + 7'd4;
        end
    4'd7: begin
        outx <= sx + 7'd2;
        outy <= sy;
        end
    default: begin
			outx <= 7'd0;
			outy <= 7'd0;
			end
		endcase
endmodule

module draw_2(sx, sy, counter,  outx, outy);
  input [6:0] sx, sy;
  input [3:0] counter;
  
  output reg [6:0] outx;
  output reg [6:0] outy;
  always @(counter)
    case (counter)
    4'd0: begin
        outx <= sx;
        outy <= sy;
        end
    4'd1: begin
        outx <= sx + 7'd1;
        outy <= sy;
        end
    4'd2: begin
        outx <= sx + 7'd2;
        outy <= sy + 7'd1;
        end
    4'd3: begin
        outx <= sx + 7'd1;
        outy <= sy + 7'd2;
        end
    4'd4: begin
        outx <= sx;
        outy <= sy + 7'd3;
        end
    4'd5: begin
        outx <= sx;
        outy <= sy + 7'd4;
        end
    4'd6: begin
        outx <= sx + 7'd1;
        outy <= sy + 7'd4;
        end
    4'd7: begin
        outx <= sx + 7'd2;
        outy <= sy + 7'd4;
        end
    default: begin
			outx <= 7'd0;
			outy <= 7'd0;
			end
		endcase
endmodule

module draw_3(sx, sy, counter,  outx, outy);
  input [6:0] sx, sy;
  input [3:0] counter;
  
  output reg [6:0] outx;
  output reg [6:0] outy;
  always @(counter)
    case (counter)
     4'd0: begin
        outx <= sx;
        outy <= sy;
        end
    4'd1: begin
        outx <= sx + 7'd1;
        outy <= sy;
        end
    4'd2: begin
        outx <= sx + 7'd2;
        outy <= sy;
        end
    4'd3: begin
        outx <= sx + 7'd2;
        outy <= sy + 7'd1;
        end
    4'd4: begin
        outx <= sx + 7'd2;
        outy <= sy + 7'd2;
        end
    4'd5: begin
        outx <= sx + 7'd1;
        outy <= sy + 7'd2;
        end
    4'd6: begin
        outx <= sx + 7'd2;
        outy <= sy + 7'd3;
        end
    4'd7: begin
        outx <= sx;
        outy <= sy + 7'd4;
        end
    4'd8: begin
        outx <= sx + 7'd1;
        outy <= sy + 7'd4;
        end
    4'd9: begin
        outx <= sx + 7'd2;
        outy <= sy + 7'd4;
        end
    default: begin
			outx <= 7'd0;
			outy <= 7'd0;
			end
		endcase
endmodule

module draw_4(sx, sy, counter,  outx, outy);
  input [6:0] sx, sy;
  input [3:0] counter;
  
  output reg [6:0] outx;
  output reg [6:0] outy;
  always @(counter)
    case (counter)
    4'd0: begin
        outx <= sx;
        outy <= sy;
        end
    4'd1: begin
        outx <= sx;
        outy <= sy + 7'd1;
        end
    4'd2: begin
        outx <= sx;
        outy <= sy + 7'd2;
        end
    4'd3: begin
        outx <= sx + 7'd1;
        outy <= sy + 7'd2;
        end
    4'd4: begin
        outx <= sx + 7'd2;
        outy <= sy;
        end
    4'd5: begin
        outx <= sx + 7'd2;
        outy <= sy + 7'd1;
        end
    4'd6: begin
        outx <= sx + 7'd2;
        outy <= sy + 7'd2;
        end
    4'd7: begin
        outx <= sx + 7'd2;
        outy <= sy + 7'd3;
        end
    4'd8: begin
        outx <= sx + 7'd2;
        outy <= sy + 7'd4;
        end
    default: begin
			outx <= 7'd0;
			outy <= 7'd0;
			end
		endcase
endmodule

module draw_5(sx, sy, counter,  outx, outy);
  input [6:0] sx, sy;
  input [3:0] counter;
  
  output reg [6:0] outx;
  output reg [6:0] outy;
  always @(counter)
    case (counter)
    4'd0: begin
        outx <= sx;
        outy <= sy;
        end
    4'd1: begin
        outx <= sx + 7'd1;
        outy <= sy;
        end
    4'd2: begin
        outx <= sx + 7'd2;
        outy <= sy;
        end
    4'd3: begin
        outx <= sx;
        outy <= sy + 7'd1;
        end
    4'd4: begin
        outx <= sx;
        outy <= sy + 7'd2;
        end
    4'd5: begin
        outx <= sx + 7'd1;
        outy <= sy + 7'd2;
        end
    4'd6: begin
        outx <= sx + 7'd2;
        outy <= sy + 7'd2;
        end
    4'd7: begin
        outx <= sx + 7'd2;
        outy <= sy + 7'd3;
        end
    4'd8: begin
        outx <= sx;
        outy <= sy + 7'd4;
        end
    4'd9: begin
        outx <= sx + 7'd1;
        outy <= sy + 7'd4;
        end
    default: begin
			outx <= 7'd0;
			outy <= 7'd0;
			end
		endcase
endmodule

module draw_6(sx, sy, counter,  outx, outy);
  input [6:0] sx, sy;
  input [3:0] counter;
  
  output reg [6:0] outx;
  output reg [6:0] outy;
  always @(counter)
    case (counter)
    4'd0: begin
        outx <= sx + 7'd1;
        outy <= sy;
        end
    4'd1: begin
        outx <= sx + 7'd2;
        outy <= sy;
        end
    4'd2: begin
        outx <= sx;
        outy <= sy + 7'd1;
        end
    4'd3: begin
        outx <= sx;
        outy <= sy + 7'd2;
        end
    4'd4: begin
        outx <= sx + 7'd1;
        outy <= sy + 7'd2;
        end
    4'd5: begin
        outx <= sx + 7'd2;
        outy <= sy + 7'd2;
        end
    4'd6: begin
        outx <= sx;
        outy <= sy + 7'd3;
        end
    4'd7: begin
        outx <= sx + 7'd2;
        outy <= sy + 7'd3;
        end
    4'd8: begin
        outx <= sx;
        outy <= sy + 7'd4;
        end
    4'd9: begin
        outx <= sx + 7'd1;
        outy <= sy + 7'd4;
        end
    4'd10: begin
        outx <= sx + 7'd2;
        outy <= sy + 7'd4;
        end
    default: begin
			outx <= 7'd0;
			outy <= 7'd0;
			end
		endcase
endmodule

module draw_7(sx, sy, counter,  outx, outy);
  input [6:0] sx, sy;
  input [3:0] counter;
  
  output reg [6:0] outx;
  output reg [6:0] outy;
  always @(counter)
    case (counter)
    4'd0: begin
        outx <= sx;
        outy <= sy;
        end
    4'd1: begin
        outx <= sx + 7'd1;
        outy <= sy;
        end
    4'd2: begin
        outx <= sx + 7'd2;
        outy <= sy;
        end
    4'd3: begin
        outx <= sx + 7'd2;
        outy <= sy + 7'd1;
        end
    4'd4: begin
        outx <= sx + 7'd1;
        outy <= sy + 7'd2;
        end
    4'd5: begin
        outx <= sx;
        outy <= sy + 7'd3;
        end
    4'd6: begin
        outx <= sx;
        outy <= sy + 7'd4;
        end
    default: begin
			outx <= 7'd0;
			outy <= 7'd0;
			end
		endcase
endmodule

module draw_8(sx, sy, counter,  outx, outy);
  input [6:0] sx, sy;
  input [3:0] counter;
  
  output reg [6:0] outx;
  output reg [6:0] outy;
  always @(counter)
    case (counter)
    4'd0: begin
          outx <= sx;
          outy <= sy;
        end
    4'd1: begin
          outx <= sx;
          outy <= sy + 7'd1;
       end
    4'd2: begin
          outx <= sx;
          outy <= sy + 7'd2;
        end
    4'd3: begin
          outx <= sx;
          outy <= sy + 7'd3;
        end
    4'd4: begin
          outx <= sx;
          outy <= sy + 7'd4;
        end
    4'd5: begin
          outx <= sx + 7'd2;
          outy <= sy;
        end
    4'd6: begin
          outx <= sx + 7'd2;
          outy <= sy + 7'd1;
        end
    4'd7: begin
          outx <= sx + 7'd2;
          outy <= sy + 7'd2;
        end
    4'd8: begin
          outx <= sx + 7'd2;
          outy <= sy + 7'd3;
        end
    4'd9: begin
          outx <= sx + 7'd2;
          outy <= sy + 7'd4;
        end
    4'd10: begin
          outx <= sx + 7'd1;
          outy <= sy;
        end
    4'd11: begin
          outx <= sx + 7'd1;
          outy <= sy + 7'd2;
        end
    4'd11: begin
          outx <= sx + 7'd1;
          outy <= sy + 7'd4;
        end
    default: begin
			outx <= 7'd0;
			outy <= 7'd0;
			end
		endcase
endmodule

module draw_9(sx, sy, counter,  outx, outy);
  input [6:0] sx, sy;
  input [3:0] counter;
  
  output reg [6:0] outx;
  output reg [6:0] outy;
  always @(counter)
    case (counter)
    4'd0: begin
        outx <= sx;
        outy <= sy;
        end
    4'd1: begin
        outx <= sx + 7'd1;
        outy <= sy;
        end
    4'd2: begin
        outx <= sx + 7'd2;
        outy <= sy;
        end
    4'd3: begin
        outx <= sx + 7'd2;
        outy <= sy + 7'd1;
        end
    4'd4: begin
        outx <= sx + 7'd2;
        outy <= sy + 7'd2;
        end
    4'd5: begin
        outx <= sx + 7'd2;
        outy <= sy + 7'd3;
        end
    4'd6: begin
        outx <= sx;
        outy <= sy + 7'd1;
        end
    4'd7: begin
        outx <= sx;
        outy <= sy + 7'd2;
        end
    4'd8: begin
        outx <= sx + 7'd1;
        outy <= sy + 7'd2;
        end
    4'd9: begin
        outx <= sx;
        outy <= sy + 7'd4;
        end
    4'd10: begin
        outx <= sx + 7'd1;
        outy <= sy + 7'd4;
        end
    default: begin
			outx <= 7'd0;
			outy <= 7'd0;
			end
		endcase
endmodule

module draw_0(sx, sy, counter,  outx, outy);
  input [6:0] sx, sy;
  input [3:0] counter;
  
  output reg [6:0] outx;
  output reg [6:0] outy;
  always @(counter)
    case (counter)
    4'd0: begin
        outx <= sx + 7'd1;
        end
    4'd1: begin
        outx <= sx + 7'd2;
        outy <= sy;
        end
    4'd2: begin
        outx <= sx;
        outy <= sy + 7'd1;
        end
    4'd3: begin
        outx <= sx;
        outy <= sy + 7'd2;
        end
    4'd4: begin
        outx <= sx;
        outy <= sy + 7'd3;
        end
    4'd5: begin
        outx <= sx + 7'd2;
        outy <= sy + 7'd1;
        end
    4'd6: begin
        outx <= sx + 7'd2;
        outy <= sy + 7'd2;
        end
    4'd7: begin
        outx <= sx + 7'd2;
        outy <= sy + 7'd3;
        end
    default: begin
			outx <= 7'd0;
			outy <= 7'd0;
			end
		endcase
endmodule